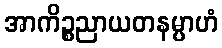
အာကိဉ္စညာယတနမ္ပာဟံ